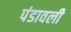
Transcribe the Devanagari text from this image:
पंडावली